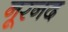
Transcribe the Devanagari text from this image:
नूरनद